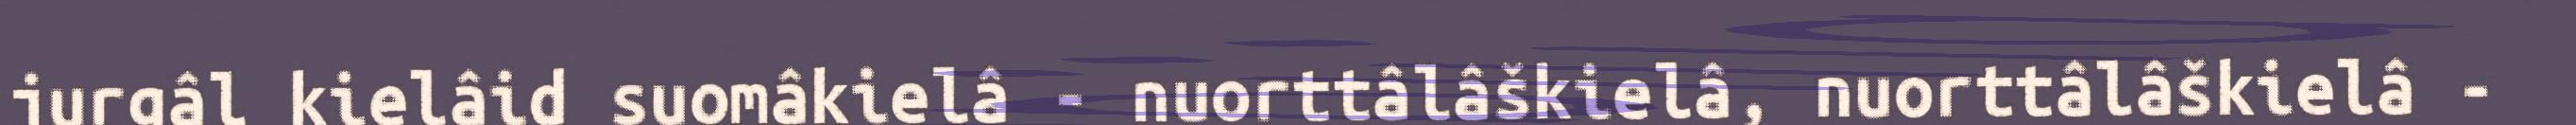
jurgâl kielâid suomâkielâ - nuorttâlâškielâ, nuorttâlâškielâ -